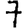
Digit: 7